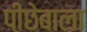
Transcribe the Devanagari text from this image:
पीछेबाला